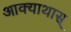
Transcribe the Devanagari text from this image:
आक्याथास्